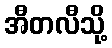
အီတလီသို့